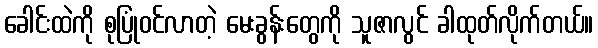
ခေါင်းထဲကို စုပြုံဝင်လာတဲ့ မေးခွန်းတွေကို သူဇာလွင် ခါထုတ်လိုက်တယ်။